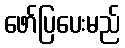
ဖော်ပြပေးမည်